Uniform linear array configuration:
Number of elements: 64
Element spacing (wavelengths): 0.25
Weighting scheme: binomial
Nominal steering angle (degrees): -60
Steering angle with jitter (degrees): -59.572
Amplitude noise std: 0.05
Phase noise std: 0.05

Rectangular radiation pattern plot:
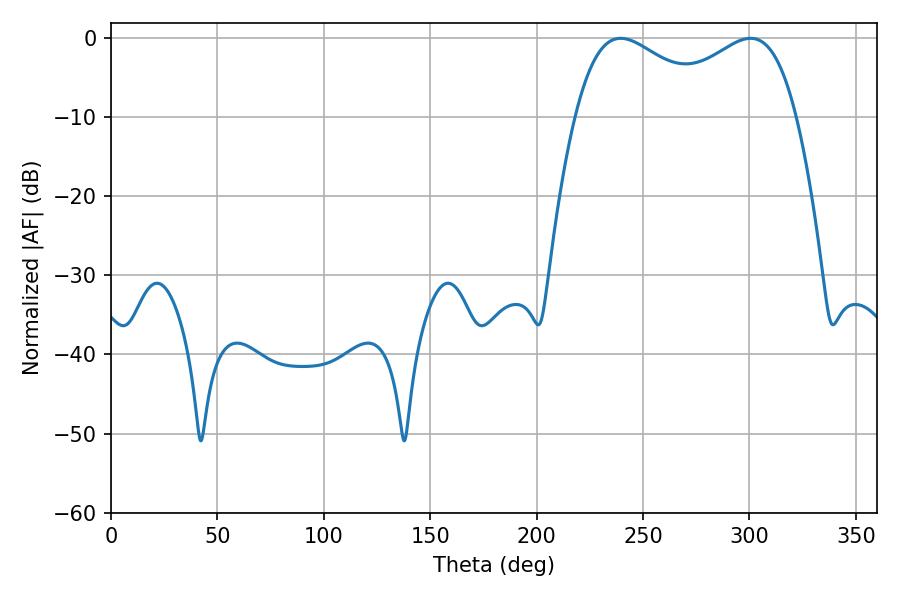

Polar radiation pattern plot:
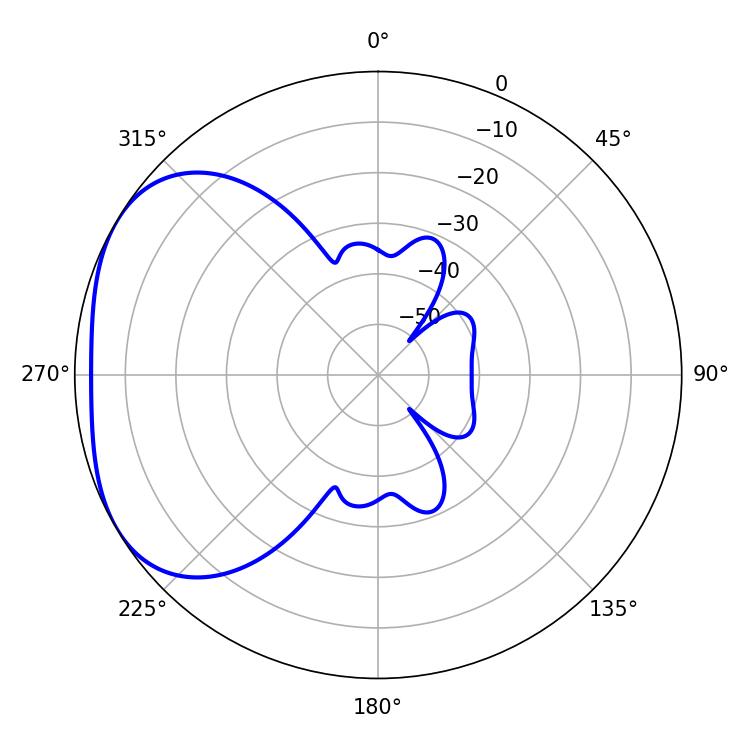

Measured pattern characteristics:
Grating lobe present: FALSE
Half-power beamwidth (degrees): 37.44
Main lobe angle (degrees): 239.4